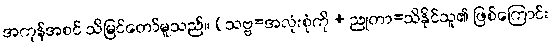
အကုန်အစင် သိမြင်တော်မူသည်။ (သဗ္ဗ=အလုံးစုံကို + ညုတာ=သိနိုင်သူ၏ ဖြစ်ကြောင်း